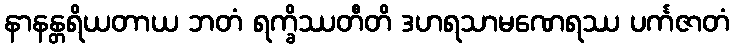
နာနန္တရိယတာယ ဘတံ ရက္ခိဿတီတိ ဒဟရသာမဏေရဿ ပင်္ကဇာတံ